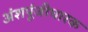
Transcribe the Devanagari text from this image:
अंशपूंजीधारक